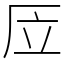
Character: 㕇